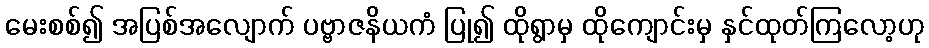
မေးစစ်၍ အပြစ်အလျောက် ပဗ္ဗာဇနိယကံ ပြု၍ ထိုရွာမှ ထိုကျောင်းမှ နှင်ထုတ်ကြလော့ဟု